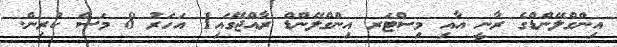
އިންގްލޭންޑްގެ ރާނީ އާއި މިސްޓަރ އިންގްލޭންޑް ރާއްޖޭގައި1 އަހަރު 8 މަސް ކުރިން.